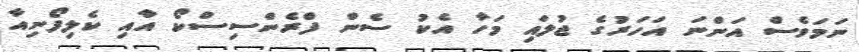
ނަމަވެސް އަންނަ އަހަރުގެ ޖުލައި މަހާ އެކު ސެން ފްރެންސިސްކޯ އާއި ކެލިފޯނިއާ